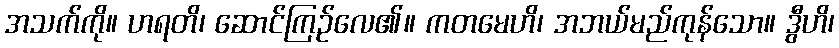
အသက်ကို။ ဟရတိ၊ ဆောင်ကြဉ်လေ၏။ ကတမေဟိ၊ အဘယ်မည်ကုန်သော။ ဒွီဟိ၊